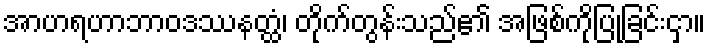
အာဟရဟာဘာဝဒဿနတ္ထံ၊ တိုက်တွန်းသည်၏ အဖြစ်ကိုပြုခြင်းငှာ။